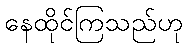
နေထိုင်ကြသည်ဟု